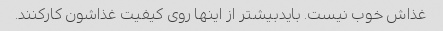
غذاش خوب نیست. بایدبیشتر از اینها روی کیفیت غذاشون کارکنند.